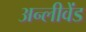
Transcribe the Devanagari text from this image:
अन्लीवेंड